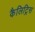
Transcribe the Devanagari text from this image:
कैलिट्रिस